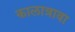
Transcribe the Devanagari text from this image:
कालात्रावा